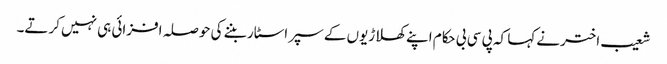
شعیب اخترنے کہا کہ پی سی بی حکام اپنے کھلاڑیوں کے سپر اسٹار بننے کی حوصلہ افزائی ہی نہیں کرتے۔